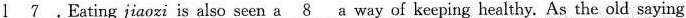
\underline{l 7}.Eating jiaozi is also seen \underline{a8} a way of keeping healthy. As the old saying